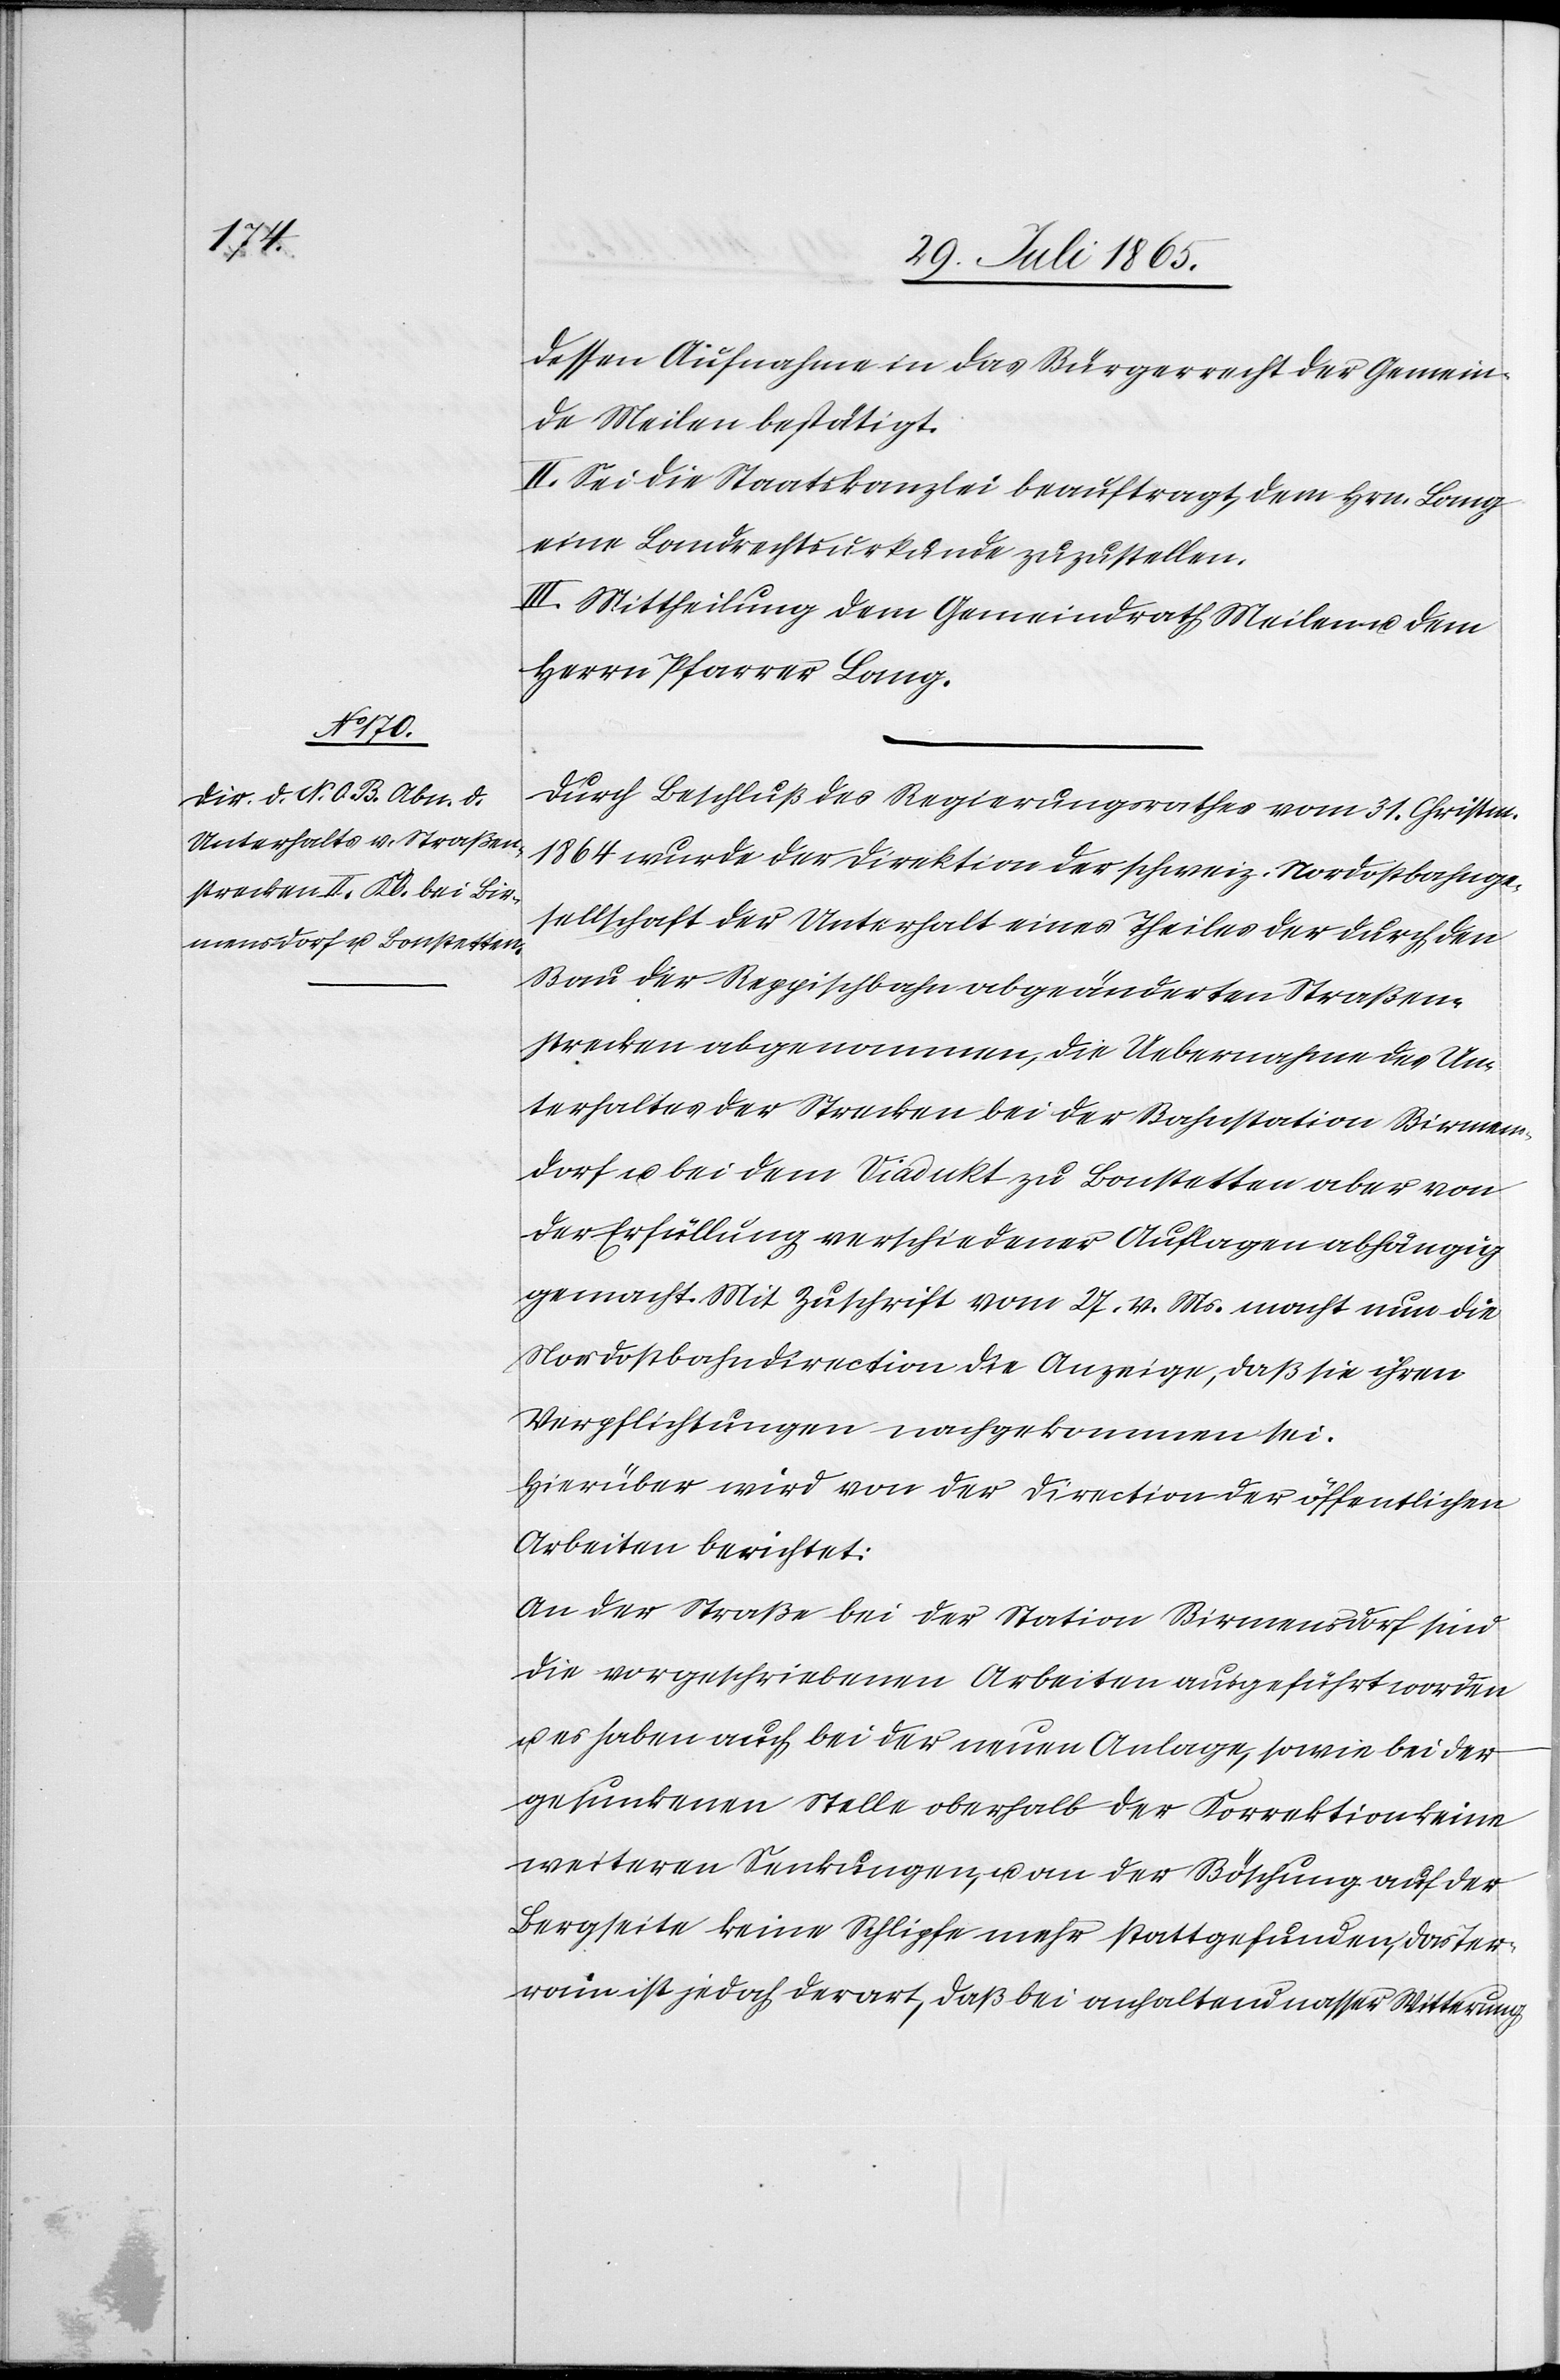
dessen Aufnahme in das Bürgerrecht der Gemein¬
de Meilen bestätigt.
II. Sei die Staatskanzlei beauftragt, dem Hrn. Lang
eine Landrechtsurkunde zuzustellen.
II. Mittheilung dem Gemeindrath Meilen u. dem
Herrn Pfarrer Lang.
Durch Beschluß des Regierungsrathes vom 31. Christm.
1864 wurde der Direktion der schweiz. Nordostbahnge¬
sellschaft der Unterhalt eines Theiles der durch den
Bau der Reppischbahn abgeänderten Straßen¬
strecken abgenommen, die Uebernahme des Un¬
terhaltes der Strecken bei der Bahnstation Birmens¬
dorf u. bei dem Viadukt zu Bonstetten aber von
der Erfüllung verschiedener Auflagen abhängig
gemacht. Mit Zuschrift vom 27. v. Ms. macht nun die
Nordostbahndirection die Anzeige, daß sie ihren
Verpflichtungen nachgekommen sei.
Hierüber wird von der Direction der öffentlichen
Arbeiten berichtet:
An der Straße bei der Station Birmensdorf sind
die vorgeschriebenen Arbeiten ausgeführt worden
u. es haben auch bei der neuen Anlage, sowie bei der
gesunkenen Stelle oberhalb der Korrektion keine
weiteren Senkungen, u. an der Böschung auf der
Bergseite keine Schlipfe mehr stattgefunden, das Ter¬
rain ist jedoch derart, daß bei anhaltend nasser Witterung